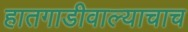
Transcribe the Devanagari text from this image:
हातगाडीवाल्याचाच